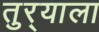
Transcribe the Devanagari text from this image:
तुर्‍याला